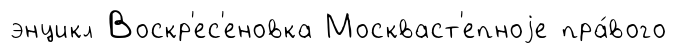
энцикл Воскр'ес'еновка Москваст'епноjе пра́вого